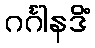
ဂင်္ဂါနဒိံ